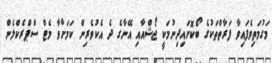
މަގުމަތިވެފައިވާ ފަރާތްތަކުގެ ބޯކޮށައިދިނުމަކީ ޖޯޝްއާއި އޭނާގެ ދެ އެކުވެރިން ކަމަށްވާ މެޓް ސްޕްރެކްލެން